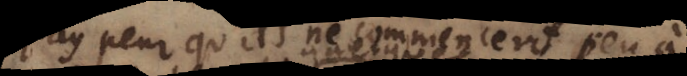
j’ay peur qu’ils ne commencent peu à